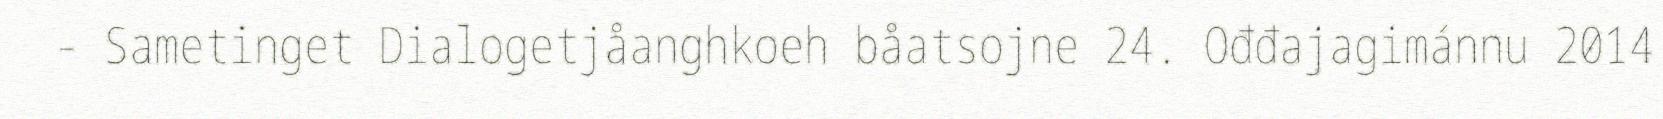
- Sametinget Dialogetjåanghkoeh båatsojne 24. Ođđajagimánnu 2014